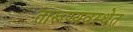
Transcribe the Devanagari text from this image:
तारूण्यवस्थेत